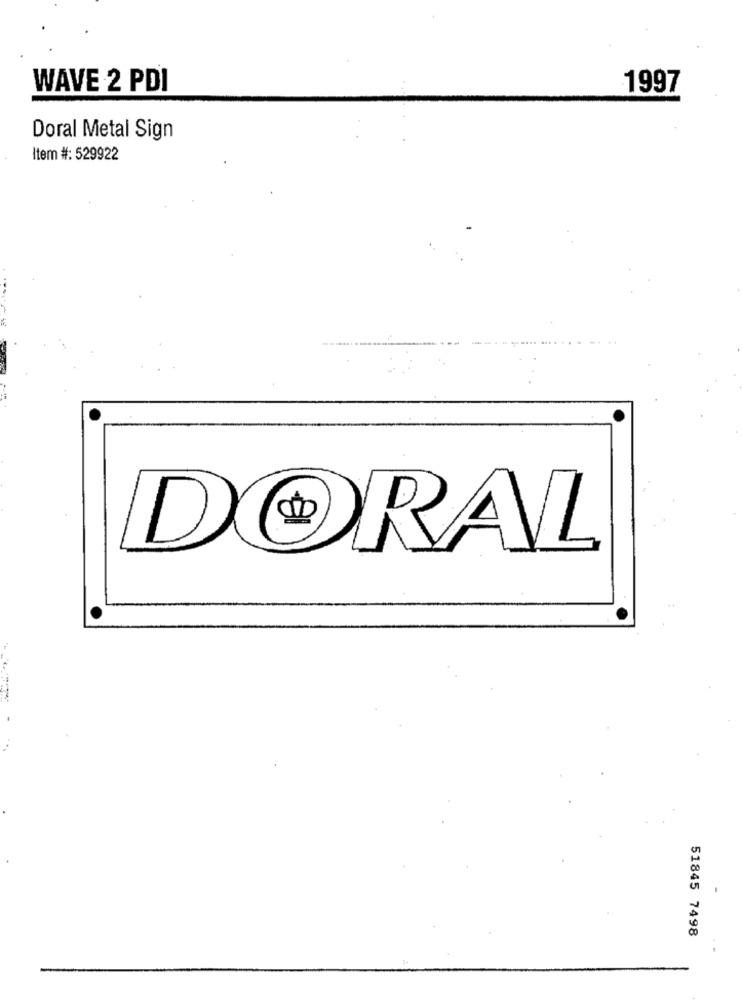
WAVE 2 PDI
1997
Doral Metal Sign
Item #: 529922
DORAL
51845 7498